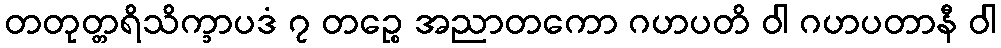
တတုတ္တရိသိက္ခာပဒံ ၇ တဉ္စေ အညာတကော ဂဟပတိ ဝါ ဂဟပတာနီ ဝါ